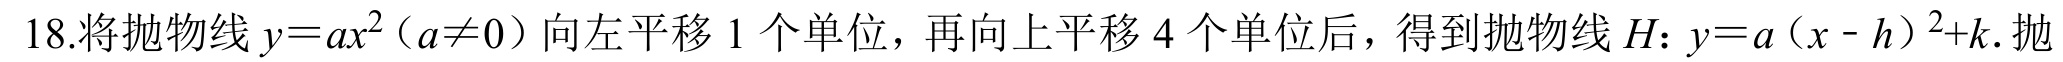
18.将抛物线\(y = ax^{2}(a\neq0)\)向左平移\(1\)个单位，再向上平移\(4\)个单位后，得到抛物线\(H\)：\(y = a(x - h)^{2}+k\). 抛